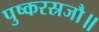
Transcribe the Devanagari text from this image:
पुष्करस्रजौ॥